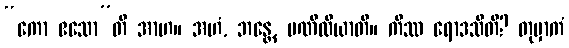
“ကော ဧသော”တိ အာဟ။ အဟံ, ဘန္တေ, မဏိလိယာတိ။ ကိဿ ရောဒသီတိ? တုမှာကံ